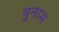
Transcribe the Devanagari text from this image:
युनाम